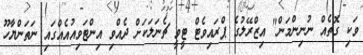
ވަކި ގޮތެއް ނުނިންމަން" އިޒްރޭލުގެ ޕްރައިވެޓް ޓީވީ ޗެނަލަކަށް ދެއްވި އިންޓަވިއުއެއްގައި ނަތަންޔާހޫ